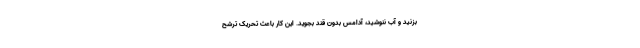
بزنید و آب ننوشید، آدامس بدون‌ قند بجوید. این کار باعث تحریک ترشح